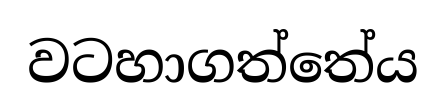
වටහාගත්තේය